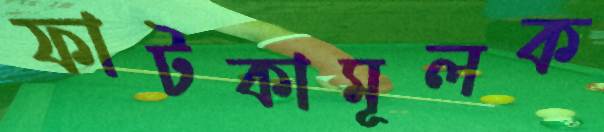
ফাটকামূলক